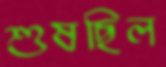
শুষছিল